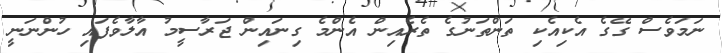
ނަމަވެސް ގޭގެ އެކިއެކި ތަންތަނުގެ ތެރެއިން އެންމެ ގިނައިން ޖަރާސީމު އާލާވެފައި ހުންނަނީ